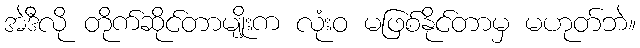
အဲဒီလို တိုက်ဆိုင်တာမျိုးက လုံးဝ မဖြစ်နိုင်တာမှ မဟုတ်ဘဲ။